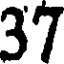
37